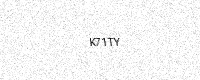
Text: K71TY